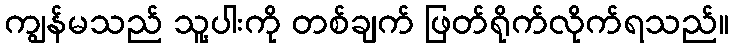
ကျွန်မသည် သူ့ပါးကို တစ်ချက် ဖြတ်ရိုက်လိုက်ရသည်။